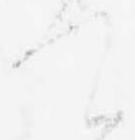
て